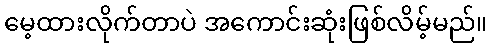
မေ့ထားလိုက်တာပဲ အကောင်းဆုံးဖြစ်လိမ့်မည်။